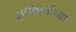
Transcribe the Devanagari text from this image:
आर्यधर्माच्या